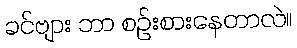
ခင်ဗျား ဘာ စဉ်းစားနေတာလဲ။